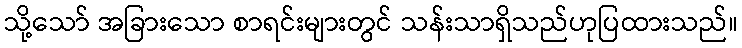
သို့သော် အခြားသော စာရင်းများတွင် သန်းသာရှိသည်ဟုပြထားသည်။